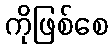
ကိုဖြစ်စေ